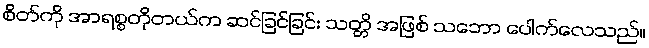
စိတ်ကို အာရစ္စတိုတယ်က ဆင်ခြင်ခြင်း သတ္တိ အဖြစ် သဘော ပေါက်လေသည်။